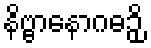
နိဗ္ဗာနောဂဓဉှိ